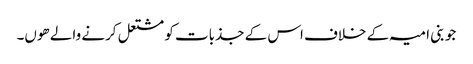
جو بنی امیہ کے خلاف اس کے جذبات کو مشتعل کرنے والے ھوں۔